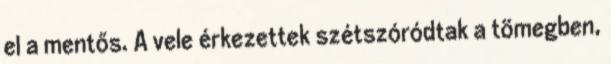
el a mentős. A vele érkezettek szétszóródtak a tömegben,